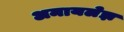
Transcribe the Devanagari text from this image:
अमायलेझ